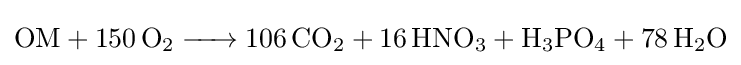
{\ce {OM + 150O2 -> 106CO2 + 16HNO3 + H3PO4 + 78H2O}}